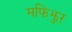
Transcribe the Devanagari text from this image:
मफिझुर